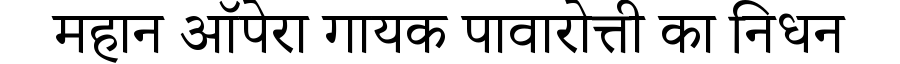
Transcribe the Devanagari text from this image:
महान ऑपेरा गायक पावारोत्ती का निधन